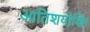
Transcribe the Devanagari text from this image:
आतिशयोक्ति